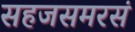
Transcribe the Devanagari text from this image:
सहजसमरसं